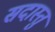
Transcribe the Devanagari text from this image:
सदास्तु